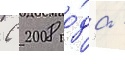
С 2008 го́да -